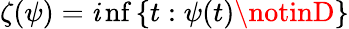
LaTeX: \zeta(\psi)=\operatorname*{\mathit{i}nf}\left\{ t:\psi(t)\notinD\right\}